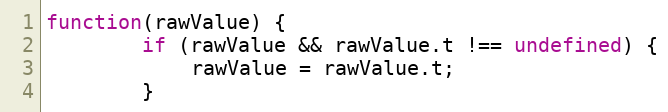
Language: JavaScript
function(rawValue) {
		if (rawValue && rawValue.t !== undefined) {
			rawValue = rawValue.t;
		}